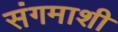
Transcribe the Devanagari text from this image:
संगमाशी